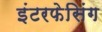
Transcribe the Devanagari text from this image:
इंटरफेसिंग